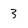
Character: 3